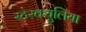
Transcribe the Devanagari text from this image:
स्टेरक्युलिया